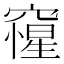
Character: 𥨕